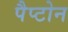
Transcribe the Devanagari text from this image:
पैप्टोन